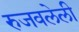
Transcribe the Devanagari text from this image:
रुजवलेली